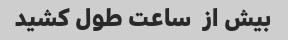
بیش از  ساعت طول کشید